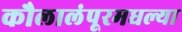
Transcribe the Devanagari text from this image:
कौलालंपूरमधल्या